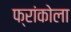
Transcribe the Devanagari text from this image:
फ्रांकोला